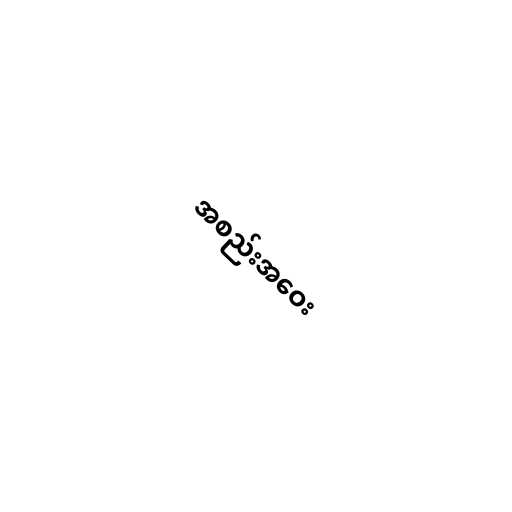
အစည်းအဝေး